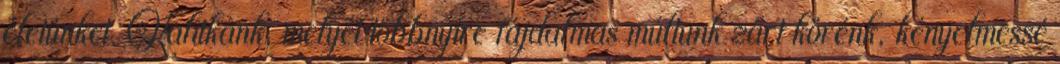
életünket. Kalitkánk, melyet többnyire fájdalmas múltunk zárt körénk, kényelmessé